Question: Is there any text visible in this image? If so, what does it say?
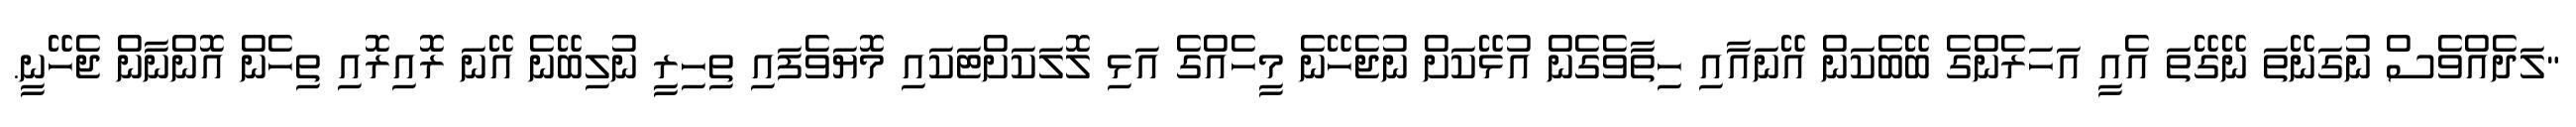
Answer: "ލަދެއްވެސް ނުގަނޭތަ ނޭގޭތަ އެއީ އަހަރެންގެ ބޭބެކަން އޭނައާއި ހިތާވެގެން އުޅޭކަށް ނުޖެހޭނެ މީހެއްގެ އަޅި ލޮލަކަށްޓަކައި މޮޔަވެފައި ތިހިރީ ނުލިބޭނެ އޭނަ ރޮއިރޮއި ތިހެން އޮންނާން ޖެހޭނީ.